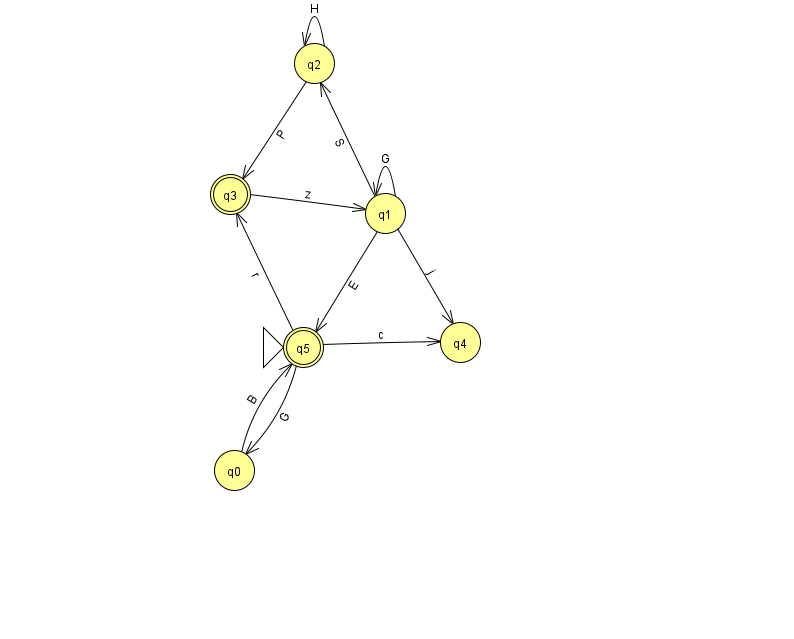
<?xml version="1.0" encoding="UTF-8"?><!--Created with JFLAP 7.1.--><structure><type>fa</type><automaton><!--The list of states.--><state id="0" name="q0"><x>234.0</x><y>457.0</y></state><state id="1" name="q1"><x>385.0</x><y>200.0</y></state><state id="2" name="q2"><x>314.0</x><y>50.0</y></state><state id="3" name="q3"><x>230.0</x><y>181.0</y><final/></state><state id="4" name="q4"><x>460.0</x><y>329.0</y></state><state id="5" name="q5"><x>303.0</x><y>334.0</y><initial/><final/></state><!--The list of transitions.--><transition><from>1</from><to>4</to><read>j</read></transition><transition><from>1</from><to>2</to><read>S</read></transition><transition><from>5</from><to>3</to><read>r</read></transition><transition><from>3</from><to>1</to><read>z</read></transition><transition><from>1</from><to>1</to><read>G</read></transition><transition><from>5</from><to>4</to><read>c</read></transition><transition><from>2</from><to>2</to><read>H</read></transition><transition><from>5</from><to>0</to><read>G</read></transition><transition><from>1</from><to>5</to><read>E</read></transition><transition><from>0</from><to>5</to><read>B</read></transition><transition><from>2</from><to>3</to><read>P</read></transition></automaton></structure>